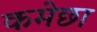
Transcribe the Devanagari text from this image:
कमेछा